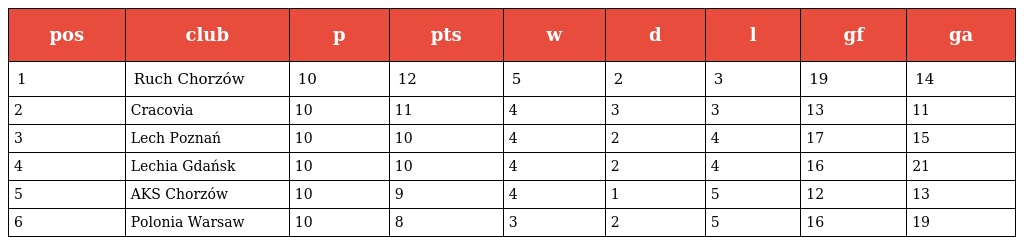
| pos | club | p | pts | w | d | l | gf | ga |
 | --- | --- | --- | --- | --- | --- | --- | --- | --- |
 | 1 | Ruch Chorzów | 10 | 12 | 5 | 2 | 3 | 19 | 14 |
 | 2 | Cracovia | 10 | 11 | 4 | 3 | 3 | 13 | 11 |
 | 3 | Lech Poznań | 10 | 10 | 4 | 2 | 4 | 17 | 15 |
 | 4 | Lechia Gdańsk | 10 | 10 | 4 | 2 | 4 | 16 | 21 |
 | 5 | AKS Chorzów | 10 | 9 | 4 | 1 | 5 | 12 | 13 |
 | 6 | Polonia Warsaw | 10 | 8 | 3 | 2 | 5 | 16 | 19 |